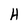
Character: H